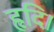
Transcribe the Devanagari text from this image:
हृदि।